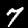
Label: 7